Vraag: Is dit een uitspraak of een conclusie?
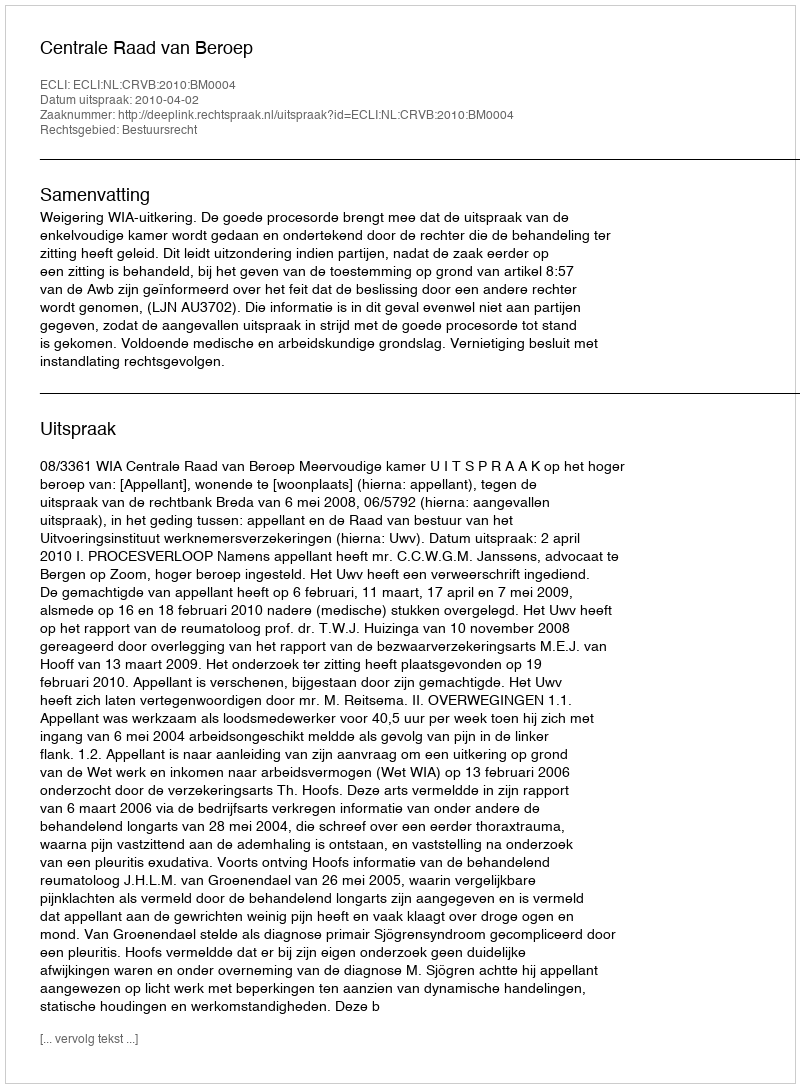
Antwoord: Uitspraak